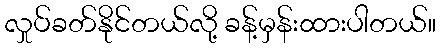
လှုပ်ခတ်နိုင်တယ်လို့ ခန့်မှန်းထားပါတယ်။